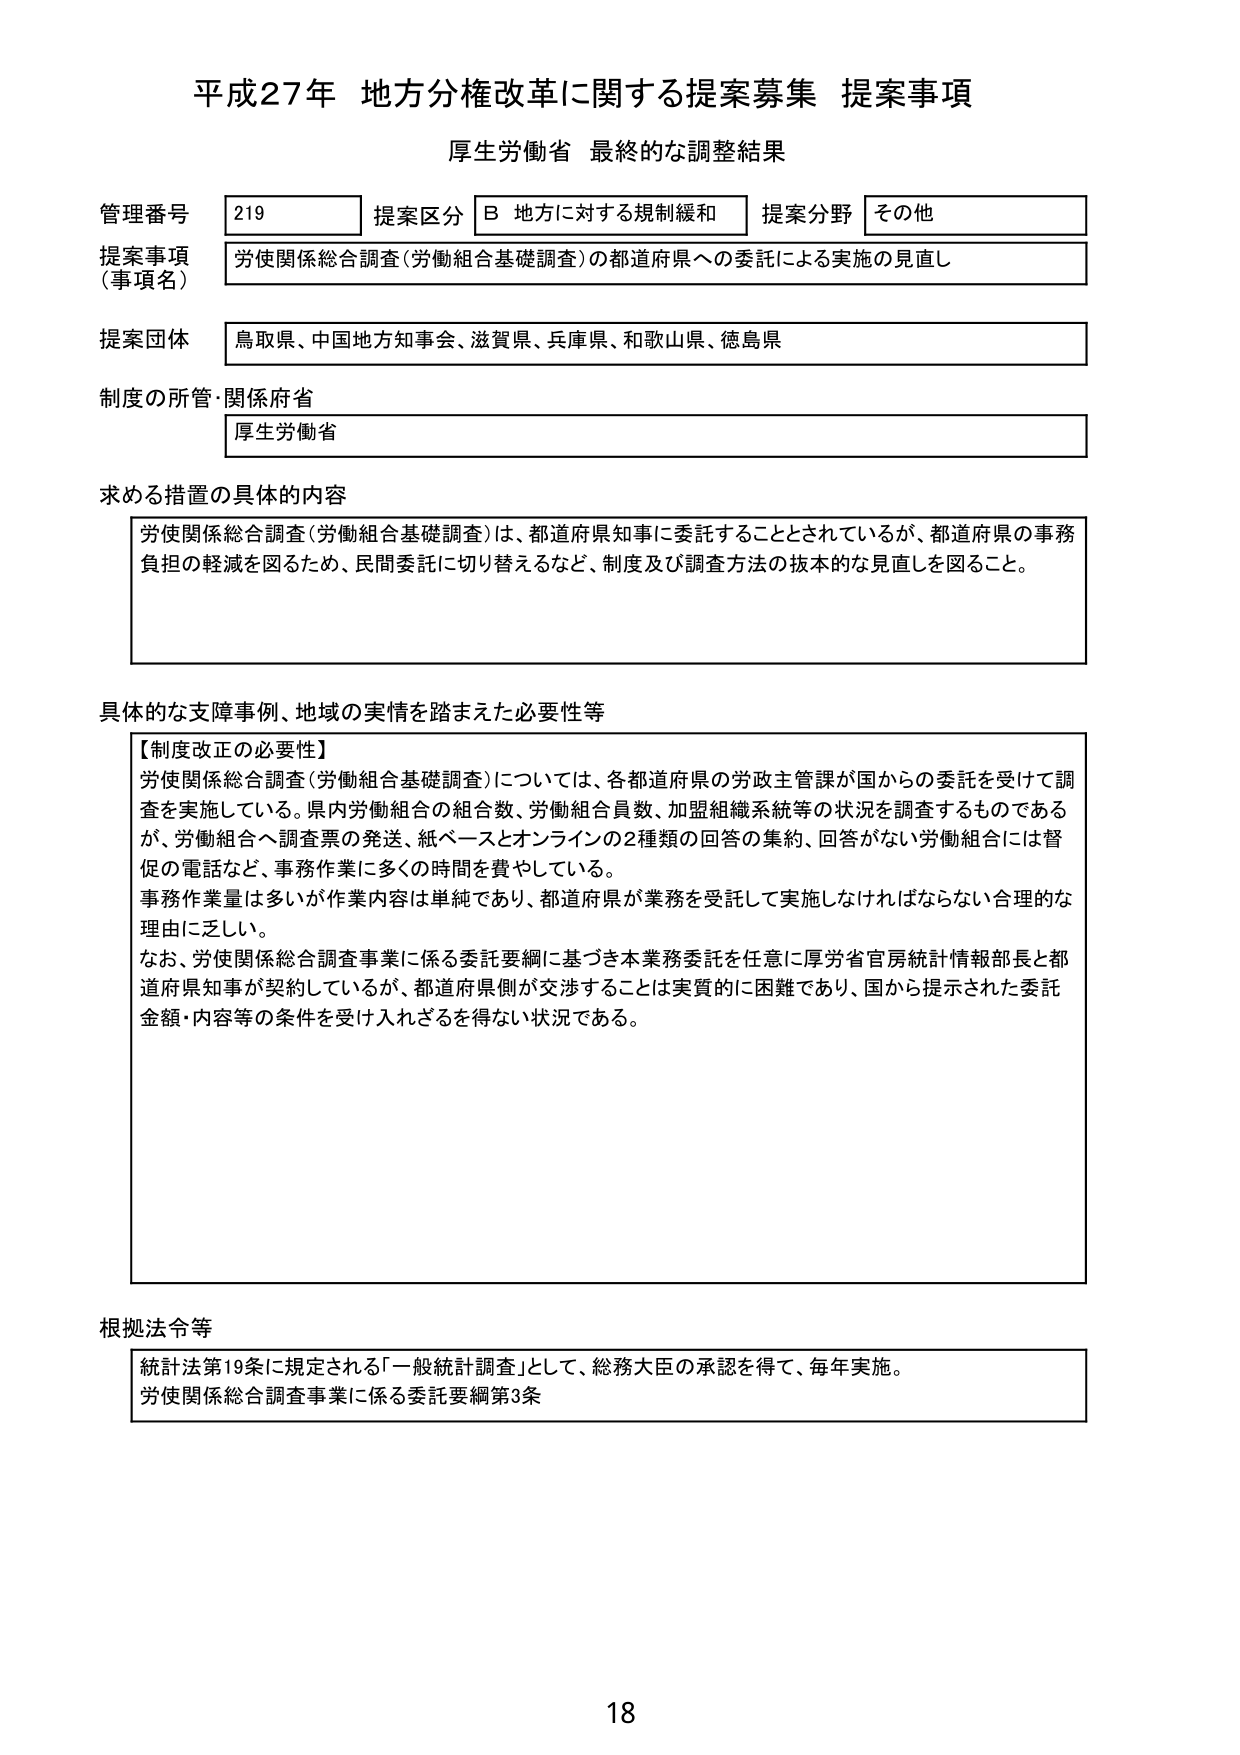
平成27年 地方分権改革に関する提案募集 提案事項
厚生労働省 最終的な調整結果

管理番号 219
提案区分 B 地方に対する規制緩和
提案分野 その他

提案事項（事項名）
労使関係総合調査（労働組合基礎調査）の都道府県への委託による実施の見直し

提案団体
鳥取県、中国地方知事会、滋賀県、兵庫県、和歌山県、徳島県

制度の所管・関係府省
厚生労働省

求める措置の具体的内容
労使関係総合調査（労働組合基礎調査）は、都道府県知事に委託することとされているが、都道府県の事務負担の軽減を図るため、民間委託に切り替えるなど、制度及び調査方法の抜本的な見直しを図ること。

具体的な支障事例、地域の実情を踏まえた必要性等
【制度改正の必要性】
労使関係総合調査（労働組合基礎調査）については、各都道府県の労政主管課が国からの委託を受けて調査を実施している。県内労働組合の組合数、労働組合員数、加盟組織系統等の状況を調査するものであるが、労働組合へ調査票の発送、紙ベースとオンラインの2種類の回答の集約、回答がない労働組合には督促の電話など、事務作業に多くの時間を費やしている。
事務作業量は多いが作業内容は単純であり、都道府県が業務を受託して実施しなければならない合理的な理由に乏しい。
なお、労使関係総合調査事業に係る委託要綱に基づき本業務委託を任意に厚労省官房統計情報部長と都道府県知事が契約しているが、都道府県側が交渉することは実質的に困難であり、国から提示された委託金額・内容等の条件を受け入れざるを得ない状況である。

根拠法令等
統計法第19条に規定される「一般統計調査」として、総務大臣の承認を得て、毎年実施。
労使関係総合調査事業に係る委託要綱第3条

18